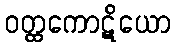
ဝတ္ထကောဋိယော